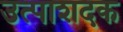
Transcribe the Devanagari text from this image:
उत्पाशदक